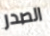
الصدر